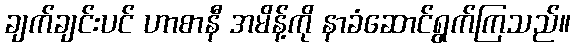
ချက်ချင်းပင် ဟာစာနီ အမိန့်ကို နာခံဆောင်ရွက်ကြသည်။